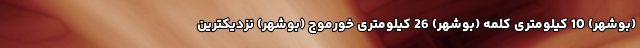
(بوشهر) 10 کیلومتری كلمه (بوشهر) 26 کیلومتری خورموج (بوشهر) نزدیکترین